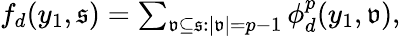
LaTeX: \begin{array}{r}{f_{d}(y_{1},\mathfrak{s})=\sum_{\mathfrak{v}\subseteq\mathfrak{s}:|\mathfrak{v}|=p-1}\phi_{d}^{p}(y_{1},\mathfrak{v}),}\end{array}